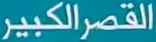
القصر الكبير